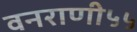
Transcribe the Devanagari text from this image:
वनराणी५५